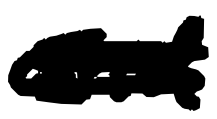
Text: and
Cross-out: mix
Writing tool: digital_black